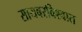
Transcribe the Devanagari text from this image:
सायबरविश्वात